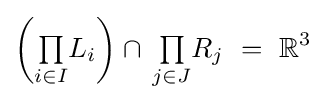
\left({\textstyle \prod \limits _{i\in I}}L_{i}\right)\cap \,{\textstyle \prod \limits _{j\in J}}R_{j}~=~\mathbb {R} ^{3}